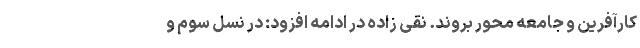
کارآفرین و جامعه محور بروند. نقی زاده در ادامه افزود: در نسل سوم و